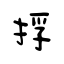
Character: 捊